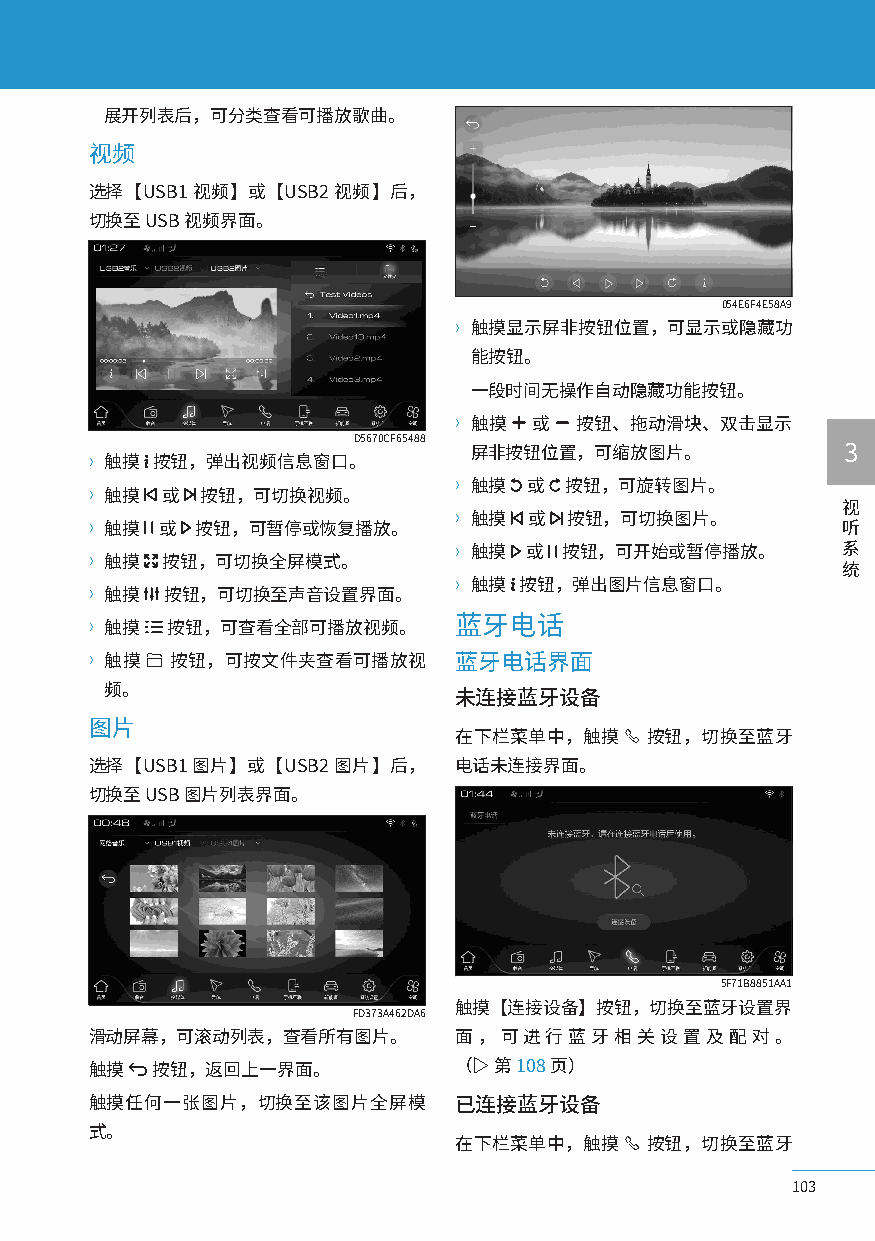
展开列表后，可分类查看可播放歌曲。
 视频
 选择【USB1视频】或【USB2视频】后，
 切换至 USB 视频界面。
 054E6F4E58A9
 〉触摸显示屏非按钮位置，可显示或隐藏功
 能按钮。
 一段时间无操作自动隐藏功能按钮。
 〉触摸  或  按钮、拖动滑块、双击显示
 D5670CF65488
 屏非按钮位置，可缩放图片。            3
 〉触摸 按钮，弹出视频信息窗口。
 〉触摸  或 按钮，可旋转图片。
 〉触摸  或 按钮，可切换视频。
 视
 〉触摸  或 按钮，可切换图片。
 〉触摸 或  按钮，可暂停或恢复播放。                               听
 〉触摸  或 按钮，可开始或暂停播放。       系
 〉触摸  按钮，可切换全屏模式。
 统
 〉触摸 按钮，弹出图片信息窗口。
 〉触摸  按钮，可切换至声音设置界面。
 〉触摸  按钮，可查看全部可播放视频。     蓝牙电话
 〉触摸  按钮，可按文件夹查看可播放视     蓝牙电话界面
 频。
 未连接蓝牙设备
 图片
 在下栏菜单中，触摸    按钮，切换至蓝牙
 选择【USB1图片】或【USB2图片】后，   电话未连接界面。
 切换至 USB 图片列表界面。
 5F71B8851AA1
 触摸【连接设备】按钮，切换至蓝牙设置界
 FD373A462DA6
 滑动屏幕，可滚动列表，查看所有图片。      面，可进行蓝牙相关设置及配对。
 触摸  按钮，返回上一界面。          （▷ 第 108页）
 触摸任何一张图片，切换至该图片全屏模      已连接蓝牙设备
 式。
 在下栏菜单中，触摸    按钮，切换至蓝牙
 103